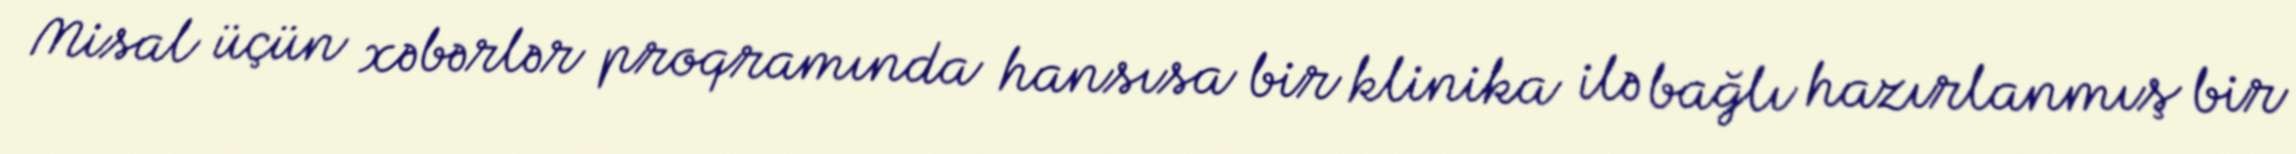
Misal üçün xəbərlər proqramında hansısa bir klinika ilə bağlı hazırlanmış bir